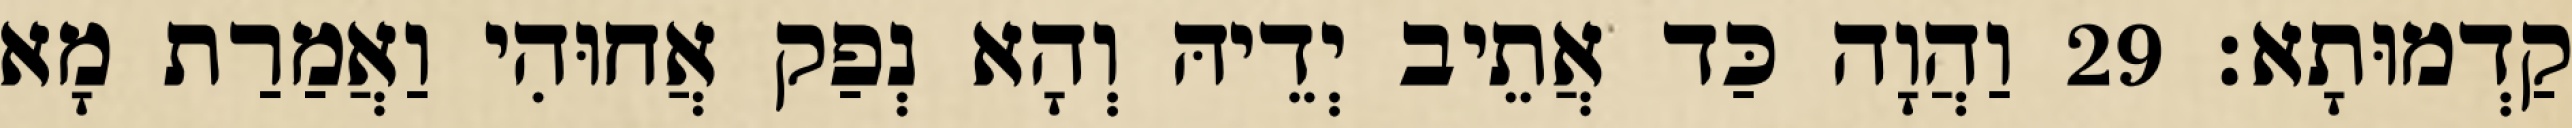
קַדְמוּתָא׃ 29 וַהֲוָה כַּד אֲתֵיב יְדֵיהּ וְהָא נְפַק אֲחוּהִי וַאֲמַרַת מָא